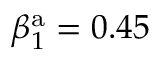
\beta _ { 1 } ^ { \mathrm { a } } = 0 . 4 5